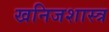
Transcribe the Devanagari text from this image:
खनिजशास्त्र